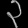
Digit: ၃